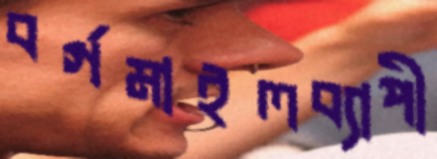
বর্গমাইলব্যাপী